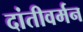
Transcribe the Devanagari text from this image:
दांतीवर्मन